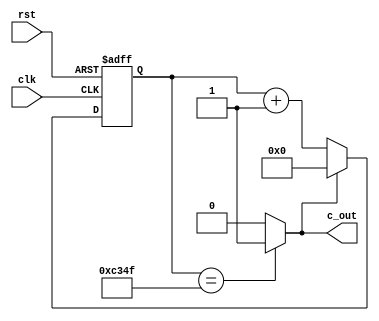
//1/50000 PreScaler
module m_prescale50000(input clk,input rst,output c_out);
	reg [15:0] cnt;
	wire wcout;
	
	assign wcout=(cnt==16'd49999) ? 1'b1 : 1'b0;
	assign c_out=wcout;
	
	always @(posedge clk or posedge rst) begin
		if(rst)
			cnt = 0;
		else if(wcout==1'b1)
			cnt = 0;
		else
			cnt = cnt + 1;
	end
endmodule	
	

//1/100 PreScaler
module m_prescale100(input clk,input rst,input c_in,output c_out);
	reg [6:0] cnt;
	wire wcout;
	
	assign wcout=(cnt==7'd99) ? 1'b1 : 1'b0;
	assign c_out=(wcout & c_in);
	
	always @(posedge clk or posedge rst) begin
		if(rst)
			cnt = 0;
		else if(c_in==1'b1) begin
			if(wcout==1'b1)
				cnt=0;
			else
				cnt=cnt+1;
		end
	end
endmodule	

//m_timer module
module m_timer(input clk,input rst,output [9:0] sec);

	reg [3:0] dcnt;
	wire [9:0] wsec;
	wire c1,c2;	//Carry data
	//1/50000 PreScaler
	m_prescale50000 u0(clk,rst,c1);
	//1/100 PreScaler
	m_prescale100 u1(clk,rst,c1,c2);
	
	//decimal counter
	always @(posedge clk or posedge rst) begin
		if(rst)
			dcnt = 0;
		else if(c2==1'b1) begin
			if(dcnt==4'd9)
				dcnt=0;
			else
				dcnt=dcnt+1;
		end
	end
	
	//decorder
	assign wsec[0]=(dcnt==4'd0) ? 1'b1 : 1'b0;
	assign wsec[1]=(dcnt==4'd1) ? 1'b1 : 1'b0;
	assign wsec[2]=(dcnt==4'd2) ? 1'b1 : 1'b0;
	assign wsec[3]=(dcnt==4'd3) ? 1'b1 : 1'b0;
	assign wsec[4]=(dcnt==4'd4) ? 1'b1 : 1'b0;
	assign wsec[5]=(dcnt==4'd5) ? 1'b1 : 1'b0;
	assign wsec[6]=(dcnt==4'd6) ? 1'b1 : 1'b0;
	assign wsec[7]=(dcnt==4'd7) ? 1'b1 : 1'b0;
	assign wsec[8]=(dcnt==4'd8) ? 1'b1 : 1'b0;
	assign wsec[9]=(dcnt==4'd9) ? 1'b1 : 1'b0;
	
	assign sec=wsec;
endmodule